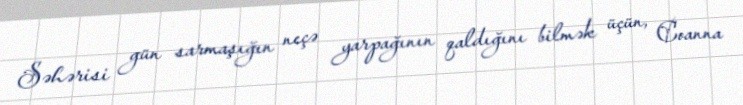
Səhərisi gün sarmaşığın neçə yarpağının qaldığını bilmək üçün, Coanna